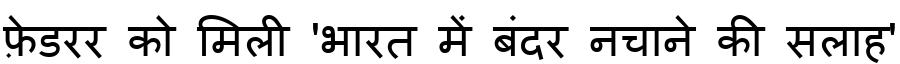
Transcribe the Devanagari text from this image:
फ़ेडरर को मिली 'भारत में बंदर नचाने की सलाह'